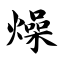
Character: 燥